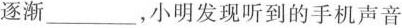
逐渐___，小明发现听到的手机声音